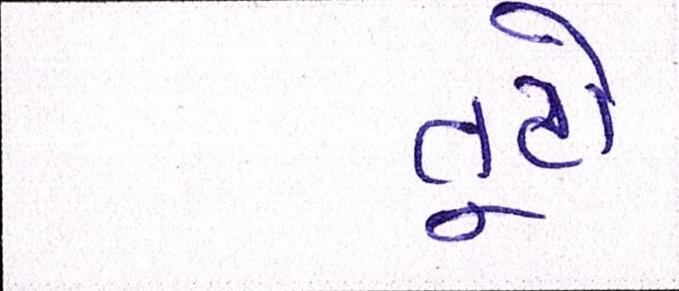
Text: તૂટો